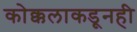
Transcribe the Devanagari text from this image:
कोक्कलाकडूनही